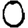
Digit: 0